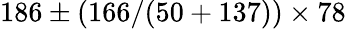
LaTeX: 186\pm(166/(50+137))\times 78